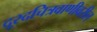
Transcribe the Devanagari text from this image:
दूरदचित्रवाणीवरील